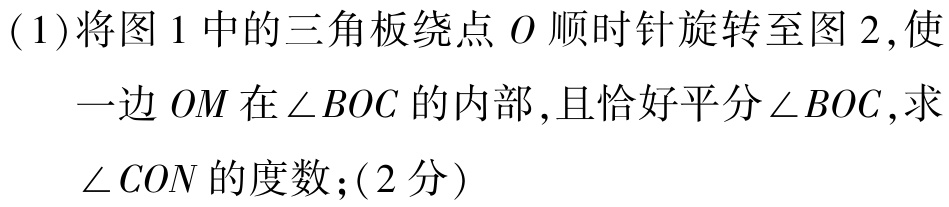
(1)将图1中的三角板绕点\(O\)顺时针旋转至图2,使一边\(OM\)在\(\angle BOC\)的内部,且恰好平分\(\angle BOC\),求\(\angle CON\)的度数;(2分)